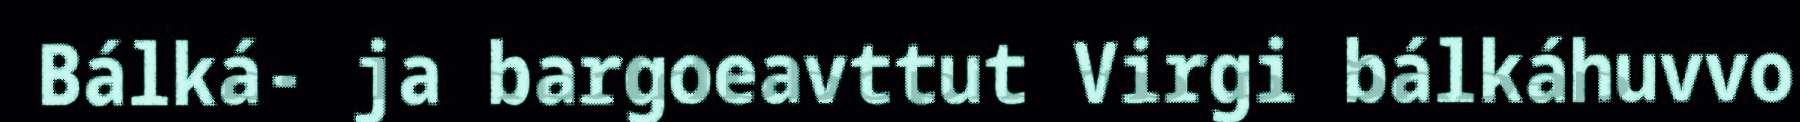
Bálká- ja bargoeavttut Virgi bálkáhuvvo